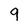
Character: 9